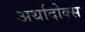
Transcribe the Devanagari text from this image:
अर्थोदोक्स